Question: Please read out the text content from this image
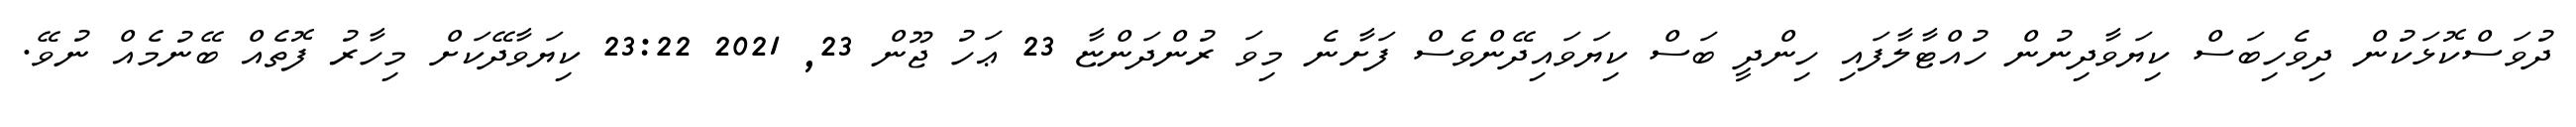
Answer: ދުވަސްކޮޅަކުން ދިވެހިބަސް ކިޔަވާދިނުން ހުއްޓާލާފައި ހިންދީ ބަސް ކިޔަވައިދޭންވެސް ފަށާނެ މިވަ ރުންދަންޏާ 23 ޢަހު ޖޫން 23, 2021 23:22 ކިޔަވާދޭކަށް މިހާރު ފޮތެއް ބޭނުމެއް ނުވޭ.